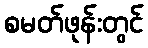
စမတ်ဖုန်းတွင်